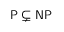
{ \mathsf { P } } \subsetneq { \mathsf { N P } }